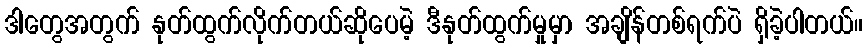
ဒါတွေအတွက် နုတ်ထွက်လိုက်တယ်ဆိုပေမဲ့ ဒီနုတ်ထွက်မှုမှာ အချိန်တစ်ရက်ပဲ ရှိခဲ့ပါတယ်။